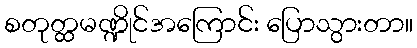
စတုတ္ထမဏ္ဍိုင်အကြောင်း ပြောသွားတာ။